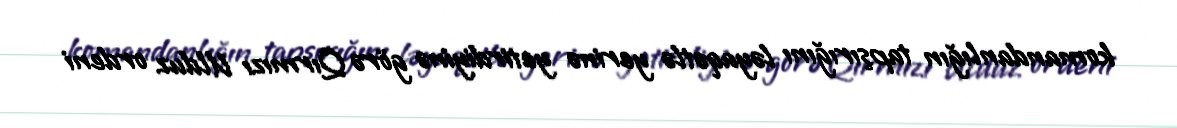
komandanlığın tapşırığını ləyaqətlə yerinə yetirdiyinə görə Qırmızı Ulduz ordeni